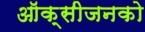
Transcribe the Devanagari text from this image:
ऑक्सीजनको